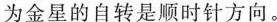
为金星的自转是顺时针方向。